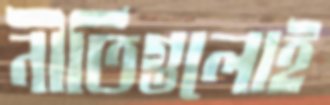
নীতিগুলোই